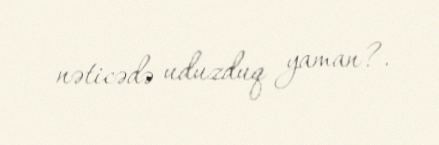
nəticədə uduzduq yaman?.